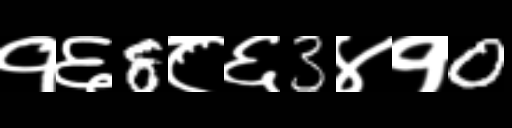
Text: १६8८६3४१0